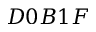
D 0 B 1 F